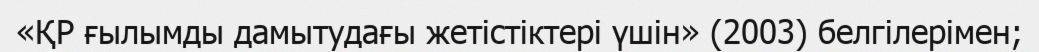
«ҚР ғылымды дамытудағы жетістіктері үшін» (2003) белгілерімен;